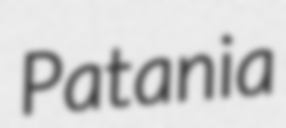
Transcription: Patania